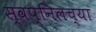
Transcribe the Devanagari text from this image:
स्वप्निलच्या